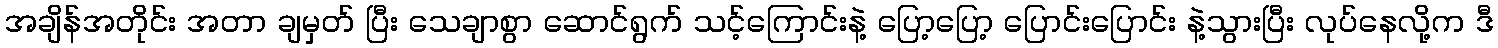
အချိန်အတိုင်း အတာ ချမှတ် ပြီး သေချာစွာ ဆောင်ရွက် သင့်ကြောင်းနဲ့ ပြော့ပြော့ ပြောင်းပြောင်း နဲ့သွားပြီး လုပ်နေလို့က ဒီ